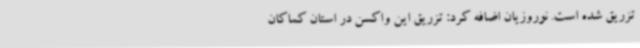
تزریق شده است. نوروزیان اضافه کرد: تزریق این واکسن در استان کماکان